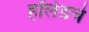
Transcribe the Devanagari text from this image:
हॉलंडचे